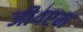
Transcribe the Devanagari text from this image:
जी४एम